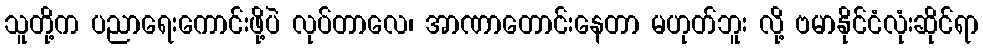
သူတို့က ပညာရေးကောင်းဖို့ပဲ လုပ်တာလေ၊ အာဏာတောင်းနေတာ မဟုတ်ဘူး လို့ ဗမာနိုင်ငံလုံးဆိုင်ရာ